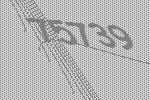
75739